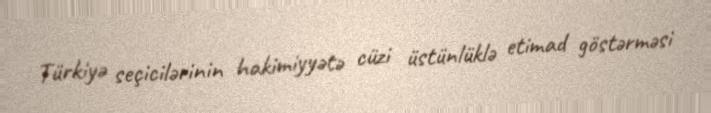
Türkiyə seçicilərinin hakimiyyətə cüzi üstünlüklə etimad göstərməsi